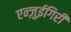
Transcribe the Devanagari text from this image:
एन्ज़ुईगिरी